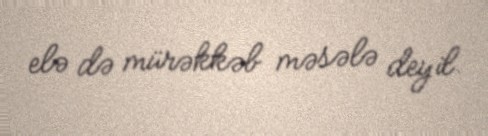
elə də mürəkkəb məsələ deyil.